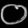
Digit: ၀